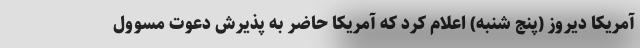
آمریکا دیروز (پنج شنبه) اعلام کرد که آمریکا حاضر به پذیرش دعوت مسوول